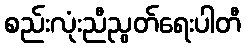
စည်းလုံးညီညွတ်ရေးပါတီ